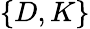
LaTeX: \{ D,K\}